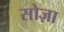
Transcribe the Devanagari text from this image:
सोज़ा